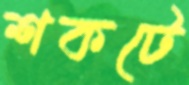
শকটে